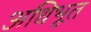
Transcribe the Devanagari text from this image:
अधिभूत